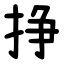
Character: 挣